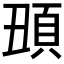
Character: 𩑧